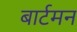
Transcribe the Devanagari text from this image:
बार्टमन